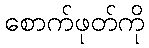
စောက်ဖုတ်ကို